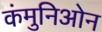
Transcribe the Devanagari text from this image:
कंमुनिओन